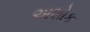
અશોક